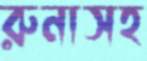
রুনাসহ